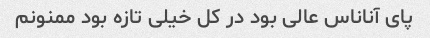
پای آناناس عالی بود در کل خیلی تازه بود ممنونم